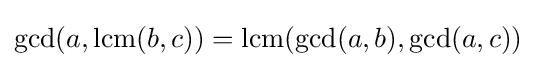
\gcd(a,\operatorname {lcm} (b,c))=\operatorname {lcm} (\gcd(a,b),\gcd(a,c))